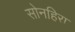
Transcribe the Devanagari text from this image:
सोनहिरा